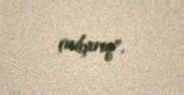
çalışırıq”.